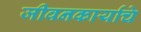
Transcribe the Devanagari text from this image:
जीवनकार्याचे